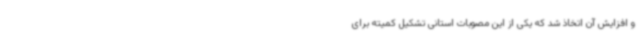
و افزایش آن اتخاذ شد که یکی از این مصوبات استانی تشکیل کمیته برای